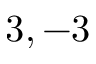
3 , - 3